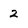
Character: 2